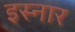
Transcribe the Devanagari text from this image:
इस्नार